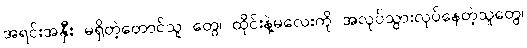
အရင်းအနှီး မရှိတဲ့တောင်သူ တွေ၊ ထိုင်းနဲ့မလေးကို အလုပ်သွားလုပ်နေတဲ့သူတွေ၊